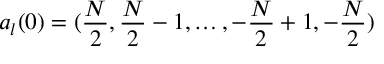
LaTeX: a _ { l } ( 0 ) = ( { \frac { N } { 2 } } , { \frac { N } { 2 } } - 1 , \dots , - { \frac { N } { 2 } } + 1 , - { \frac { N } { 2 } } )